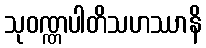
သုဝဏ္ဏပါတိသဟဿာနိ